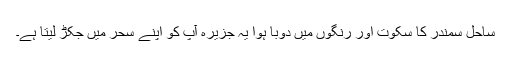
ساحل سمندر کا سکوت اور رنگوں میں دوبا ہوا یہ جزیرہ آپ کو اپنے سحر میں جکڑ لیتا ہے۔